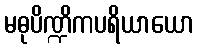
မဓုပိဏ္ဍိကပရိယာယော